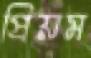
প্রিয়ম